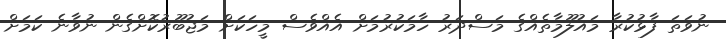
ނުވަތަ ފާޅުކުރާ މައުލޫމާތެއްގެ މަސްދަރު ހާމަކުރުމަށް އެއްވެސް މީހަކަށް މަޖުބޫރުކޮށްގެން ނުވާނެ ކަމަށް